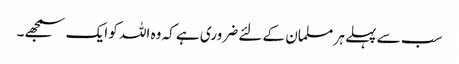
سب سے پہلے ہر مسلمان کے لئے ضروری ہے کہ وہ اللہ کو ایک سمجھے۔